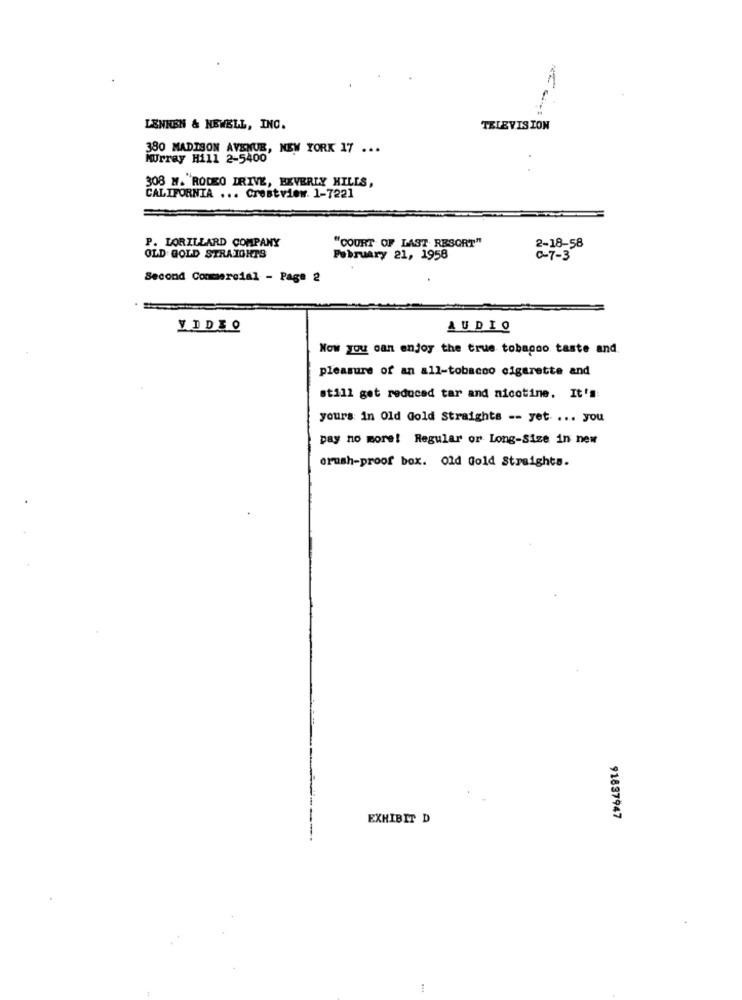
LENNEN & NEWELL, INC.
TELEVISION
380 MADISON AVENUE, NEW YORK 17 ...
Murray Hill 2-5400
308 M. RODEO DRIVE, BEVERLY HILLS,
CALIFORNIA ... Crestview. 1-7221
P. LORILLARD COMPANY
"COURT OF LAST RESORT"
2-18-58
OLD GOLD STRAIGHTS
February 21, 1958
C-7-3
Second Commercial - Page 2
VIDEO
AUDIQ
Now you can enjoy the true tobagoo taste and.
pleasure of an all-tobacco cigarette and
still get reduced tar and nicotine. It's:
yours in Old Gold Straights -- yet. ... you
pay no more! Regular or Long-Size in new
orush-proof box. old Gold Straights.
EXHIBIT D
91837947